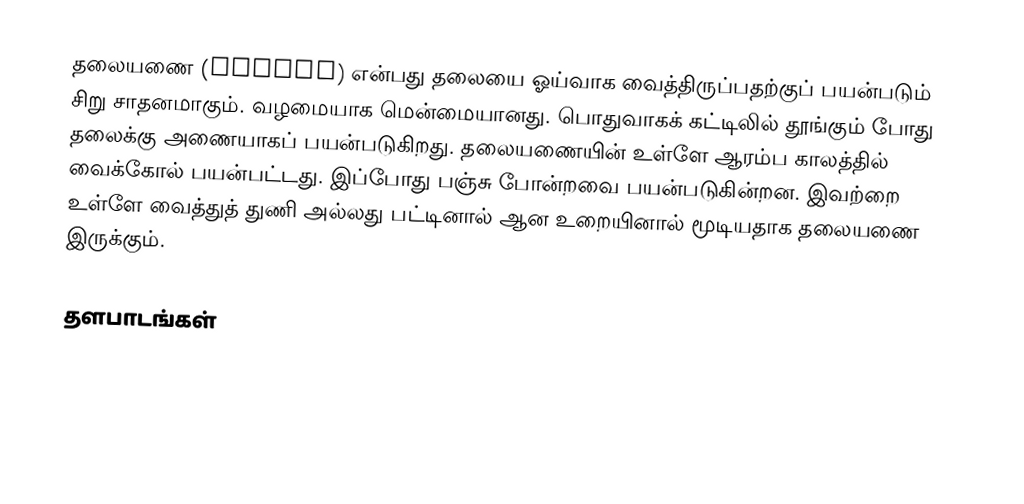
தலையணை (Pillow) என்பது தலையை ஓய்வாக வைத்திருப்பதற்குப் பயன்படும் சிறு சாதனமாகும். வழமையாக மென்மையானது. பொதுவாகக் கட்டிலில் தூங்கும் போது தலைக்கு அணையாகப் பயன்படுகிறது. தலையணையின் உள்ளே ஆரம்ப காலத்தில் வைக்கோல் பயன்பட்டது. இப்போது பஞ்சு போன்றவை பயன்படுகின்றன. இவற்றை உள்ளே வைத்துத் துணி அல்லது பட்டினால் ஆன உறையினால் மூடியதாக தலையணை இருக்கும்.

தளபாடங்கள்

pt:Almofada